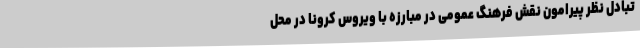
تبادل نظر پیرامون نقش فرهنگ عمومی در مبارزه با ویروس کرونا در محل